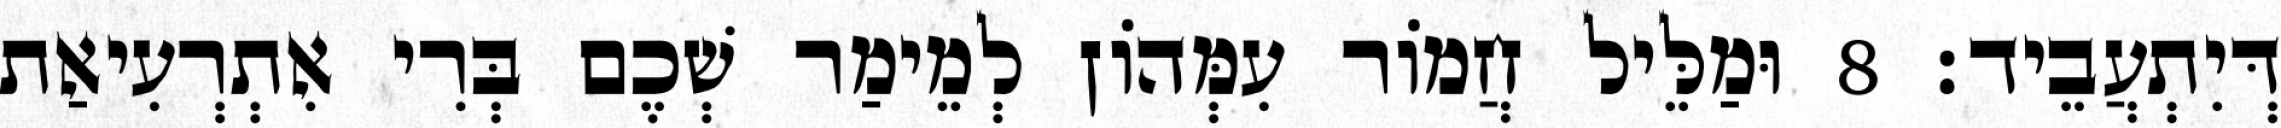
דְּיִתְעֲבֵיד׃ 8 וּמַלֵּיל חֲמוֹר עִמְּהוֹן לְמֵימַר שְׁכֶם בְּרִי אִתְרְעִיאַת